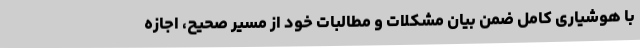
با هوشیاری کامل ضمن بیان مشکلات و مطالبات خود از مسیر صحیح، اجازه